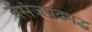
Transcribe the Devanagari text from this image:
तंसंजपदमद्ध